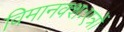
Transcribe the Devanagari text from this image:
विमानक्शःएत्रों